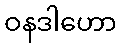
ဝနဒါဟော